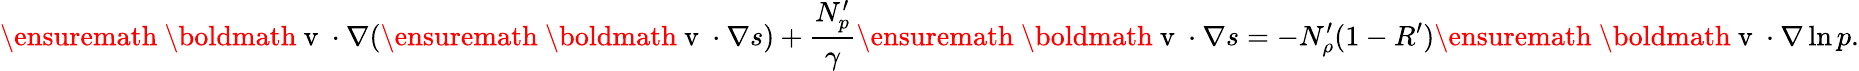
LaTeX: \ensuremath{\mathrm{~\boldmath~v~}}\cdot\nabla(\ensuremath{\mathrm{~\boldmath~v~}}\cdot\nabla s)+\frac{N_{p}^{\prime}}{\gamma}\ensuremath{\mathrm{~\boldmath~v~}}\cdot\nabla s=-N_{\rho}^{\prime}(1-R^{\prime})\ensuremath{\mathrm{~\boldmath~v~}}\cdot\nabla\ln p.